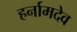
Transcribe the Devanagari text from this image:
हर्नामदेव